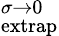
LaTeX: ^{\sigma\rightarrow 0}_{\mathrm{extrap}}